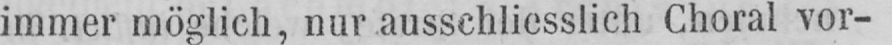
immer möglich, nur ausschliesslich Choral vor-